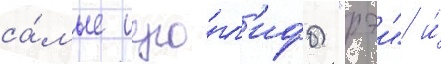
са́мые иеро́гл'ифы "рэи" и́